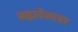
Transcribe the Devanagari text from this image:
ब्रह्मदेशावर